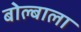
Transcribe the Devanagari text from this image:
बोल्बाला